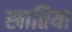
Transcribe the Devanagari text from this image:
खातिया